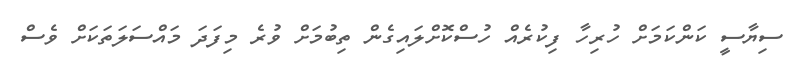
ސިޔާސީ ކަންކަމަށް ހުރިހާ ފިކުރެއް ހުސްކޮށްލައިގެން ތިބުމަށް ވުރެ މިފަދަ މައްސަލަތަކަށް ވެސް